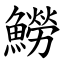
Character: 䲏